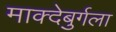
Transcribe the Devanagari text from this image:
माक्देबुर्गला